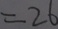
= 2 6